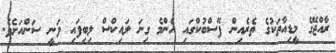
ރާއްޖޭގެ މީޑިއާތަކުގެ ތެރެއިން ފޭސްބުކްގައި އެންމެ ގިނަ ލައިކްސް ލިބިފައި ވަނީ ސަންއަށެވެ.